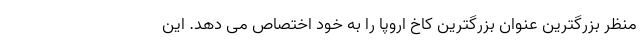
منظر بزرگترین عنوان بزرگترین کاخ اروپا را به خود اختصاص می دهد. این